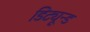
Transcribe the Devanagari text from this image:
डिट्यून्ड